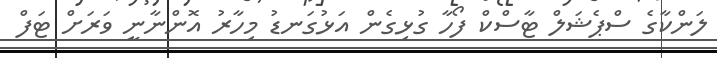
ލަންކާގެ ސްޕެޝަލް ޓާސްކް ފޯހާ ގުޅިގެން އަޅުގަނޑު މިހާރު އޮންނާނީ ވަރަށް ޓަފް